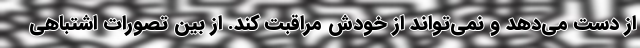
از دست می‌دهد و نمی‌تواند از خودش مراقبت کند. از بین تصورات اشتباهی